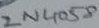
Text: 2N4058